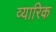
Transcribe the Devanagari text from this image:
व्यारिक